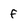
Character: f